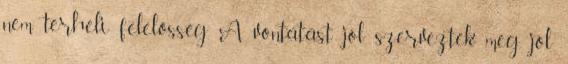
nem terheli felelősség. A vontatást jól szervezték meg, jól